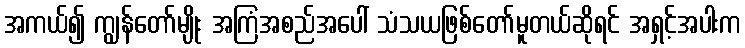
အကယ်၍ ကျွန်တော်မျိုး အကြံအစည်အပေါ် သံသယဖြစ်တော်မူတယ်ဆိုရင် အရှင့်အပါးက